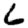
Digit: 6